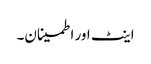
اینٹ اور اطمینان۔